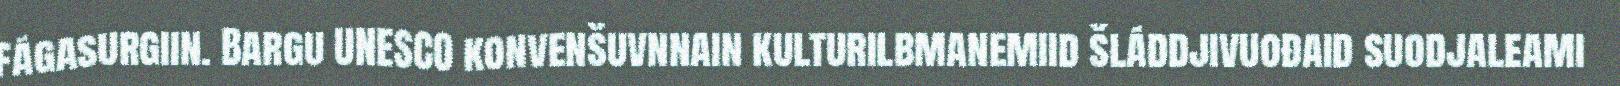
fágasurgiin. Bargu UNESCO konvenšuvnnain kulturilbmanemiid šláddjivuođaid suodjaleami